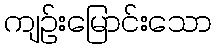
ကျဉ်းမြောင်းသော